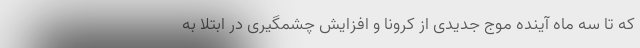
که تا سه ماه آینده موج جدیدی از کرونا و افزایش چشمگیری در ابتلا به